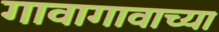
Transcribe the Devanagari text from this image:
गावागावाच्या